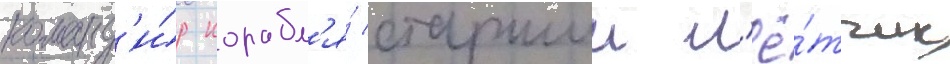
команд'и́р корабл'я́ старшии л'ё́тчик